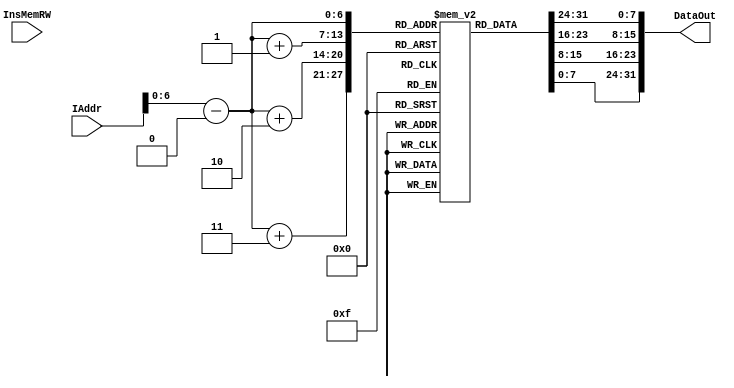
`timescale 1ns / 1ps
//////////////////////////////////////////////////////////////////////////////////
// Company: 
// Engineer: 
// 
// Design Name: 
// Module Name: InsMem
// Project Name: 
// Target Devices: 
// Tool Versions: 
// Description: 
// 
// Dependencies: 
// 
// Revision:
// Revision 0.01 - File Created
// Additional Comments:
// 
//////////////////////////////////////////////////////////////////////////////////


module InsMem(
	input [31:0] IAddr, 
	input InsMemRW, 
	output [31:0] DataOut
	);
    reg [7:0] mem [127:0];
	// initial begin
	initial begin
        mem[0] = 8'h08;
        mem[1] = 8'h01;
        mem[2] = 8'h00;
        mem[3] = 8'h08;
                 // addi  $1,$0,8 
        mem[4] = 8'h48;
        mem[5] = 8'h02;
        mem[6] = 8'h00;
        mem[7] = 8'h02; 
                  // ori  $2,$0,2 
          mem[8] = 8'h40;
          mem[9] = 8'h41;
          mem[10] = 8'h18;
          mem[11] = 8'h00; 
                  // add  $3,$2,$1  
          mem[12] = 8'h04;
          mem[13] = 8'h61;
          mem[14] = 8'h20;
          mem[15] = 8'h00;
                  // sub  $5,$3,$2  
          mem[16] = 8'h44;
          mem[17] = 8'h82;
          mem[18] = 8'h28;
          mem[19] = 8'h00; 
                  // and  $4,$5,$2  
          mem[20] = 8'h60;
          mem[21] = 8'h05;
          mem[22] = 8'h28;
          mem[23] = 8'h80; 
                  // or  $8,$4,$2  
          mem[24] = 8'hD0;
          mem[25] = 8'hA1;
          mem[26] = 8'hFF;
          mem[27] = 8'hFE; 
                  // sll  $8,$8,1 
          mem[28] = 8'hE8;
          mem[29] = 8'h00;
          mem[30] = 8'h00;
          mem[31] = 8'h10; 
                  // bne  $8,$1,-2  
          mem[32] = 8'h99;
          mem[33] = 8'h81;
          mem[34] = 8'h80;
          mem[35] = 8'h00; 
                  // slti  $6,$2,8  
          mem[36] = 8'h08;
          mem[37] = 8'h0D;
          mem[38] = 8'hFF;
          mem[39] = 8'hFE; 
                  // slti  $7,$6,0  
          mem[40] = 8'h99;
          mem[41] = 8'h0D;
          mem[42] = 8'h88;
          mem[43] = 8'h00; 
                  // addi $7,$7,8  
          mem[44] = 8'h9D;
          mem[45] = 8'h2A;
          mem[46] = 8'h00;
          mem[47] = 8'h02; 
                  // beq $7, $1, -2  
          mem[48] = 8'h9D;
          mem[49] = 8'h4B;
          mem[50] = 8'h00;
          mem[51] = 8'h00; 
                    //sw $2, 4($1)
          mem[52] = 8'h09;
          mem[53] = 8'hAD;
          mem[54] = 8'h00;
          mem[55] = 8'h01; 
                 //lw  $9, 4($1)
          mem[56] = 8'hD9;
          mem[57] = 8'hA0;
          mem[58] = 8'hFF;
          mem[59] = 8'hFE; 
                 // j 0x00000040
          mem[60] = 8'hE0;
          mem[61] = 8'h00;
          mem[62] = 8'h00;
          mem[63] = 8'h13; 
                 //addi $10, $0, 10
          mem[64] = 8'hC0;
          mem[65] = 8'h22;
          mem[66] = 8'h00;
          mem[67] = 8'h04; 
                
          mem[68] = 8'hC4;
          mem[69] = 8'h2C;
          mem[70] = 8'h00;
          mem[71] = 8'h04; 
                            
          mem[72] = 8'hE7;
          mem[73] = 8'hE0;
          mem[74] = 8'h00;
          mem[75] = 8'h00; 
                                        
          mem[76] = 8'hFC;
          mem[77] = 8'h00;
          mem[78] = 8'h00;
          mem[79] = 8'h00;
         end
    assign DataOut = {mem[IAddr-32'h00000000], mem[IAddr-32'h00000000+1], mem[IAddr-32'h00000000+2], mem[IAddr-32'h00000000+3]};
endmodule